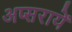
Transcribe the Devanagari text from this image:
अप्सरायें